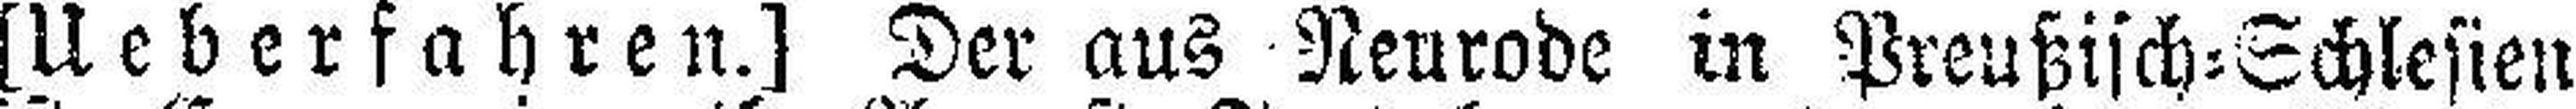
[Ueberfahren.] Der aus Neurode in Preußisch=Schlesien